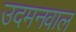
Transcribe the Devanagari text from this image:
उदमनवाल